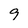
Character: 9